Vaccination in the Punjab 1919-1929 - 1919-1929
Year: 1919
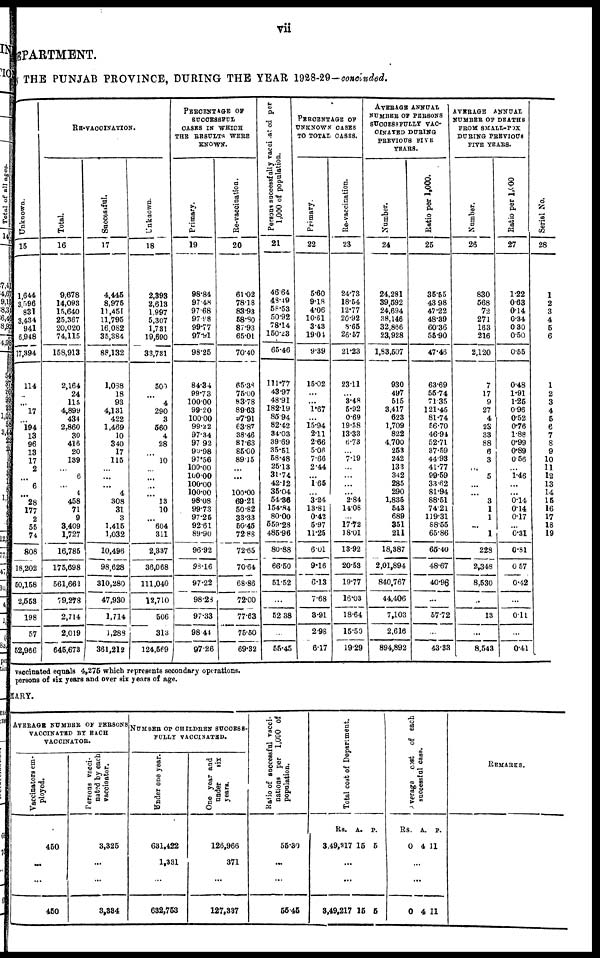
vii
DEPARTMENT.
THE PUNJAB PROVINCE, DURING THE YEAR 1928-29—concluded.
Unknown.
15
1,644
3,596
831
3,434
941
6,948
17,394
114
...
...
17
194
13
96
13
17
2
...
6
...
28
177
2
55
74
808
18,202
50,158
2,553
198
57
52,966
RE-VACCINATION.
Total.
16
9,678
14,098
15,640
25,367
20,020
74,115
158,913
2,164
24
115
4,899
434
2,860
30
416
20
139
...
6
...
4
458
71
9
3,409
1,727
16,785
175,698
561,662
79,278
2,714
2,019
645,673
Successful.
17
4,445
8,975
11,451
11,795
16,082
35,384
88,132
1,088
18
93
4,131
422
1,469
10
340
17
115
...
...
...
4
308
31
3
1,415
1,032
10,496
98,628
310,280
47,930
1,714
1,288
361,212
Unknown.
18
2,393
2,613
1,997
5,307
1,731
19,690
33,731
500
...
4
290
3
560
4
28
...
10
...
...
...
...
13
10
...
604
311
2,337
36,068
111,040
12,710
506
313
124,569
PERCENTAGE OF
SUCCESSFUL
CASES IN WHICH
THE RESULTS WERE
KNOWN.
Primary.
19
98.84
97.48
97.68
97.98
99.77
97.91
98.25
84.34
99.73
100.00
99.20
100.00
99.22
97.34
97.92
90.98
97.56
100.00
100.00
100.00
100.00
98.08
99.73
97.25
92.61
89.90
96.92
98.16
97.22
98.28
97.33
98.44
97.26
Re-vaccination.
20
61.02
78.18
83.98
58.80
87.93
65.01
70.40
65.38
75.00
83.78
89.63
97.91
63.87
38.46
87.63
85.00
89.15
...
...
...
100.00
69.21
50.82
33.33
50.45
72.88
72.65
70.64
68.86
72.00
77.63
75.50
69.32
Persons successfully vaccinated per
1,000 of population.
21
46.64
48.49
58.53
50.92
78.14
150.28
65.46
111.77
43.97
48.91
182.19
85.94
82.42
34.03
39.69
35.51
58.48
25.13
31.74
42.12
35.04
54.36
154.84
80.00
559.28
485.96
80.88
66.50
51.52
...
52.38
...
55.45
PERCENTAGE OF
UNKNOWN CASES
TO TOTAL CASES.
Primary.
22
5.60
9.18
4.06
10.61
3.43
19.04
9.39
15.02
...
...
1.67
...
15.94
2.11
2.66
5.06
7.66
2.44
...
1.65
...
3.24
13.81
0.42
5.97
11.25
6.01
9.16
6.13
7.68
3.91
2.98
6.17
Re-vaccination.
23
24.73
18.54
12.77
20.92
8.65
26.57
21.23
23.11
...
3.48
5.92
0.69
19.58
13.33
6.73
...
7.19
...
...
...
...
2.84
14.08
...
17.72
18.01
13.92
20.53
19.77
16.03
18.64
15.50
19.29
AVERAGE ANNUAL
NUMBER OF PERSONS
SUCCESSFULLY VAC-
CINATED DURING
PREVIOUS FIVE
YEARS.
Number.
24
24,281
39,592
24,694
38,146
32,866
23,928
1,83,507
930
497
515
3,417
623
1,709
822
4,700
253
242
133
342
285
290
1,835
543
689
351
211
18,387
2,01,894
840,767
44,406
7,103
2,616
894,892
Ratio per 1,000.
25
35.55
43.98
47.22
48.39
60.36
55.90
47.46
63.69
55.74
71.35
121.45
81.74
56.70
46.94
52.71
87.59
44.93
41.77
99.59
33.62
81.94
88.51
74.21
119.31
88.55
65.86
65.40
48.67
40.96
...
57.72
...
43.33
AVERAGE ANNUAL
NUMBER OF DEATHS
FROM SMALL-POX
DURING PREVIOUS
FIVE YEARS.
Number.
26
830
568
72
271
163
216
2,120
7
17
9
27
4
23
33
88
6
3
...
5
...
...
3
1
1
...
1
228
2,348
8,530
...
13
...
8,543
Ratio per 1,000
27
1.22
0.63
0.14
0.34
0.30
0.50
0.55
0.48
1.91
1.25
0.96
0.52
0.76
1.88
0.99
0.89
0.56
...
1.46
...
...
0.14
0.14
0.17
...
0.31
0.81
0.57
0.42
...
0.11
...
0.41
Serial No.
28
1
2
3
4
5
6
1
2
3
4
5
6
7
8
9
10
11
12
13
14
15
16
17
18
19
vaccinated equals 4,275 which represents secondary operations.
persons of six years and over six years of age.
MARY.
AVERAGE NUMBER OF PERSONS
VACCINATED BY EACH
VACCINATOR.
Vaccinators em-
ployed.
450
...
...
450
Persons vacci¬
nated by each
vaccinator.
3,325
...
...
3,334
NUMBER OF CHILDREN SUCCESS-
----- VACCINATED.
Under one year.
631,422
1,331
...
632,753
One year and
under
six
years.
126,966
371
...
127,337
Ratio of successful vacci-
nations per 1,000 of
population.
55.30
...
...
55.45
Total cost of Department.
Rs.
3,49,217
A.
15
P.
5
...
...
3,49,217 15 5
Average
cost of each
successful case.
Rs.
0
A.
4
P.
11
...
...
0 4 11
REMARKS.